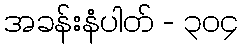
အခန်းနံပါတ် - ၃၀၄